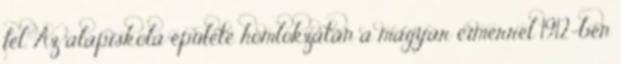
fel. Az alapiskola épülete homlokzatán a magyar címerrel 1912-ben